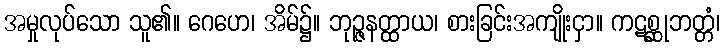
အမှုလုပ်သော သူ၏။ ဂေဟေ၊ အိမ်၌။ ဘုဉ္ဇနတ္ထာယ၊ စားခြင်းအကျိုးငှာ။ ကဋစ္ဆုဘတ္တံ၊